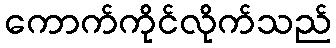
ကောက်ကိုင်လိုက်သည်